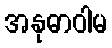
အနုဓာဝါမ